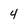
Character: 4